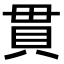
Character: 貫